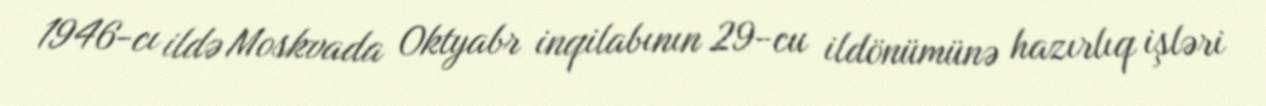
1946-cı ildə Moskvada Oktyabr inqilabının 29-cu ildönümünə hazırlıq işləri